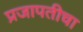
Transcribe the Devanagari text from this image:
प्रजापतीचा